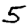
Digit: 5